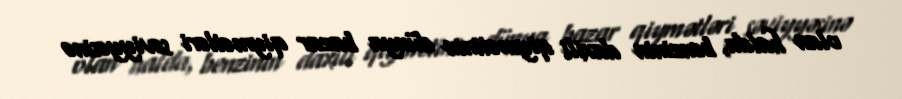
olan halda, benzinin daxili qiymətinin dünya bazar qiymətləri səviyyəsinə